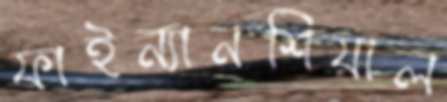
ফাইন্যানশিয়াল